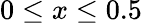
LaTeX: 0\le x\le 0.5